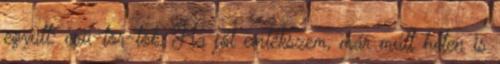
együtt: csü-tör-tök. Ha jól emlékszem, már múlt héten is